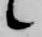
候